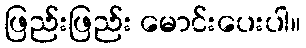
ဖြည်းဖြည်း မောင်းပေးပါ။